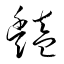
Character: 豔